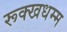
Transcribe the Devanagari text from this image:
रूक्खधम्म